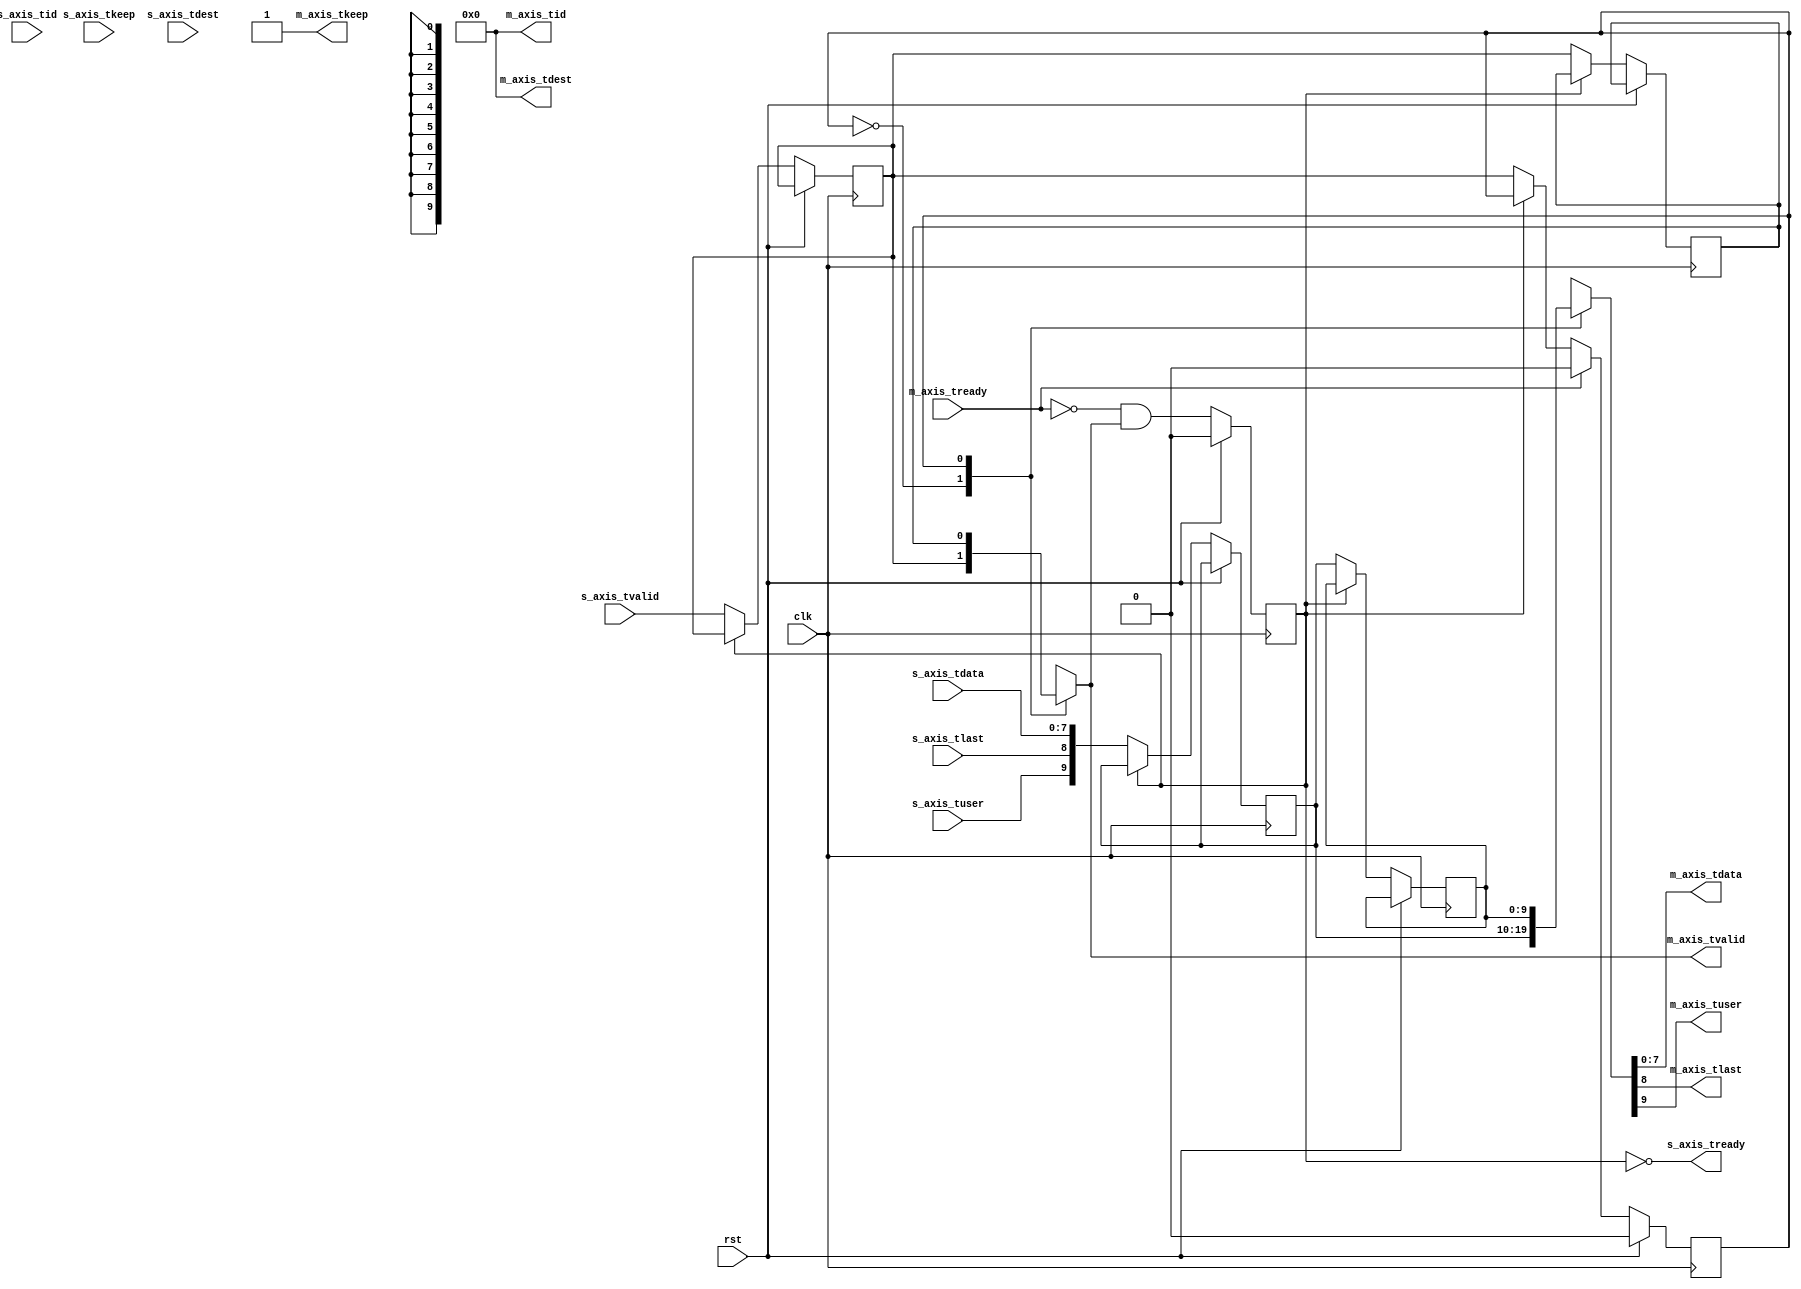
module axis_srl_register #
(
    // Width of AXI stream interfaces in bits
    parameter DATA_WIDTH = 8,
    // Propagate tkeep signal
    parameter KEEP_ENABLE = (DATA_WIDTH>8),
    // tkeep signal width (words per cycle)
    parameter KEEP_WIDTH = (DATA_WIDTH/8),
    // Propagate tlast signal
    parameter LAST_ENABLE = 1,
    // Propagate tid signal
    parameter ID_ENABLE = 0,
    // tid signal width
    parameter ID_WIDTH = 8,
    // Propagate tdest signal
    parameter DEST_ENABLE = 0,
    // tdest signal width
    parameter DEST_WIDTH = 8,
    // Propagate tuser signal
    parameter USER_ENABLE = 1,
    // tuser signal width
    parameter USER_WIDTH = 1
)
(
    input  wire                   clk,
    input  wire                   rst,

    /*
     * AXI input
     */
    input  wire [DATA_WIDTH-1:0]  s_axis_tdata,
    input  wire [KEEP_WIDTH-1:0]  s_axis_tkeep,
    input  wire                   s_axis_tvalid,
    output wire                   s_axis_tready,
    input  wire                   s_axis_tlast,
    input  wire [ID_WIDTH-1:0]    s_axis_tid,
    input  wire [DEST_WIDTH-1:0]  s_axis_tdest,
    input  wire [USER_WIDTH-1:0]  s_axis_tuser,

    /*
     * AXI output
     */
    output wire [DATA_WIDTH-1:0]  m_axis_tdata,
    output wire [KEEP_WIDTH-1:0]  m_axis_tkeep,
    output wire                   m_axis_tvalid,
    input  wire                   m_axis_tready,
    output wire                   m_axis_tlast,
    output wire [ID_WIDTH-1:0]    m_axis_tid,
    output wire [DEST_WIDTH-1:0]  m_axis_tdest,
    output wire [USER_WIDTH-1:0]  m_axis_tuser
);

localparam KEEP_OFFSET = DATA_WIDTH;
localparam LAST_OFFSET = KEEP_OFFSET + (KEEP_ENABLE ? KEEP_WIDTH : 0);
localparam ID_OFFSET   = LAST_OFFSET + (LAST_ENABLE ? 1          : 0);
localparam DEST_OFFSET = ID_OFFSET   + (ID_ENABLE   ? ID_WIDTH   : 0);
localparam USER_OFFSET = DEST_OFFSET + (DEST_ENABLE ? DEST_WIDTH : 0);
localparam WIDTH       = USER_OFFSET + (USER_ENABLE ? USER_WIDTH : 0);

reg [WIDTH-1:0] data_reg[1:0];
reg valid_reg[1:0];
reg ptr_reg = 0;
reg full_reg = 0;

wire [WIDTH-1:0] s_axis;

wire [WIDTH-1:0] m_axis = data_reg[ptr_reg];

assign s_axis_tready = !full_reg;

generate
    assign s_axis[DATA_WIDTH-1:0] = s_axis_tdata;
    if (KEEP_ENABLE) assign s_axis[KEEP_OFFSET +: KEEP_WIDTH] = s_axis_tkeep;
    if (LAST_ENABLE) assign s_axis[LAST_OFFSET]               = s_axis_tlast;
    if (ID_ENABLE)   assign s_axis[ID_OFFSET   +: ID_WIDTH]   = s_axis_tid;
    if (DEST_ENABLE) assign s_axis[DEST_OFFSET +: DEST_WIDTH] = s_axis_tdest;
    if (USER_ENABLE) assign s_axis[USER_OFFSET +: USER_WIDTH] = s_axis_tuser;
endgenerate

assign m_axis_tvalid = valid_reg[ptr_reg];

assign m_axis_tdata = m_axis[DATA_WIDTH-1:0];
assign m_axis_tkeep = KEEP_ENABLE ? m_axis[KEEP_OFFSET +: KEEP_WIDTH] : {KEEP_WIDTH{1'b1}};
assign m_axis_tlast = LAST_ENABLE ? m_axis[LAST_OFFSET]               : 1'b1;
assign m_axis_tid   = ID_ENABLE   ? m_axis[ID_OFFSET   +: ID_WIDTH]   : {ID_WIDTH{1'b0}};
assign m_axis_tdest = DEST_ENABLE ? m_axis[DEST_OFFSET +: DEST_WIDTH] : {DEST_WIDTH{1'b0}};
assign m_axis_tuser = USER_ENABLE ? m_axis[USER_OFFSET +: USER_WIDTH] : {USER_WIDTH{1'b0}};

integer i;

initial begin
    for (i = 0; i < 2; i = i + 1) begin
        data_reg[i] <= 0;
        valid_reg[i] <= 0;
    end
end

always @(posedge clk) begin
    if (rst) begin
        ptr_reg <= 0;
        full_reg <= 0;
    end else begin
        // transfer empty to full
        full_reg <= !m_axis_tready && m_axis_tvalid;

        // transfer in if not full
        if (s_axis_tready) begin
            data_reg[0] <= s_axis;
            valid_reg[0] <= s_axis_tvalid;
            for (i = 0; i < 1; i = i + 1) begin
                data_reg[i+1] <= data_reg[i];
                valid_reg[i+1] <= valid_reg[i];
            end
            ptr_reg <= valid_reg[0];
        end

        if (m_axis_tready) begin
            ptr_reg <= 0;
        end
    end
end

endmodule